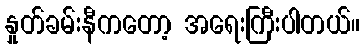
နှုတ်ခမ်းနီကတော့ အရေးကြီးပါတယ်။